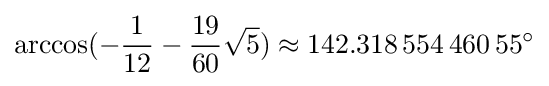
\arccos(-{\frac {1}{12}}-{\frac {19}{60}}{\sqrt {5}})\approx 142.318\,554\,460\,55^{\circ }